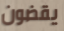
يقضون